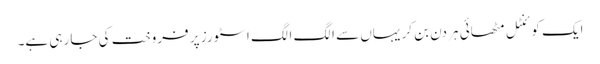
ایک کوئنٹل مٹھائی ہر دن بن کر یہاں سے الگ الگ اسٹورز پر فروخت کی جا رہی ہے۔